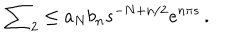
LaTeX: \sum _ { 2 } \leq a _ { N } b _ { n } s ^ { - N + n / 2 } e ^ { n \pi s } \, .